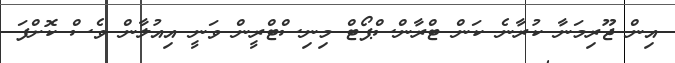
އިން ޖޫރިމަނާ ކުރާނެ ކަން ޓްރާންސްޕޯޓް މިނިސްޓްރީން ވަނީ އިއުލާން ވެސް ކޮށްފަ